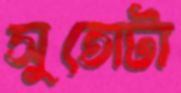
সুতোটা